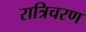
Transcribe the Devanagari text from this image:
रात्रिचरण